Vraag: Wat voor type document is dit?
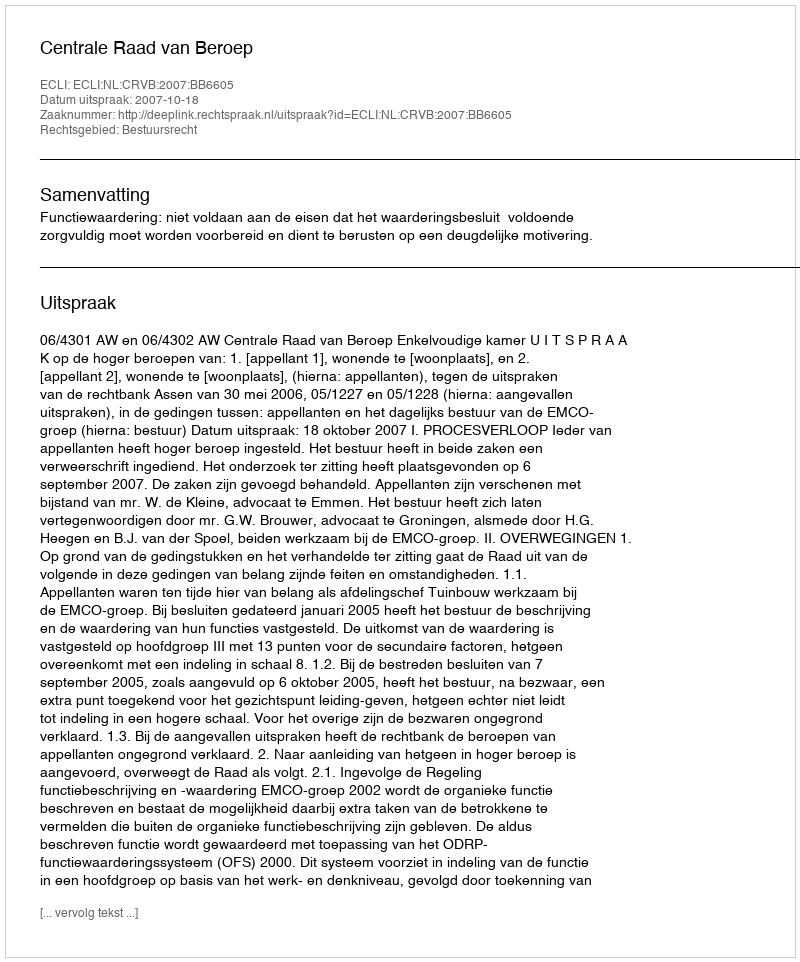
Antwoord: Uitspraak